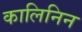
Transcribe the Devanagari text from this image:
कालिनिन